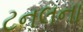
ટનલના